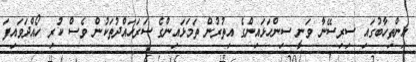
އިންތިހާބުގައި ސިރިސޭނާ ވަނީ ސިންހަޅައިންގެ އިތުރުން ތަމަޅައިންގެ ސަރަހައްދުތަކުން ވެސް ކުރި ހޯއްދަވައިފަ